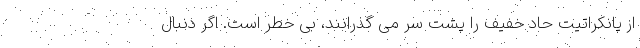
از پانکراتیت حاد خفیف را پشت سر می گذرانند، بی خطر است. اگر دنبال